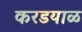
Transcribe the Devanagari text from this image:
करडयाळ